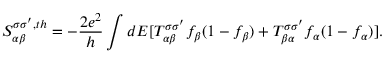
{ S _ { \alpha \beta } ^ { \sigma \sigma ^ { \prime } , t h } = - \frac { 2 e ^ { 2 } } { h } \int d E [ T _ { \alpha \beta } ^ { \sigma \sigma ^ { \prime } } f _ { \beta } ( 1 - f _ { \beta } ) + T _ { \beta \alpha } ^ { \sigma \sigma ^ { \prime } } f _ { \alpha } ( 1 - f _ { \alpha } ) ] } .